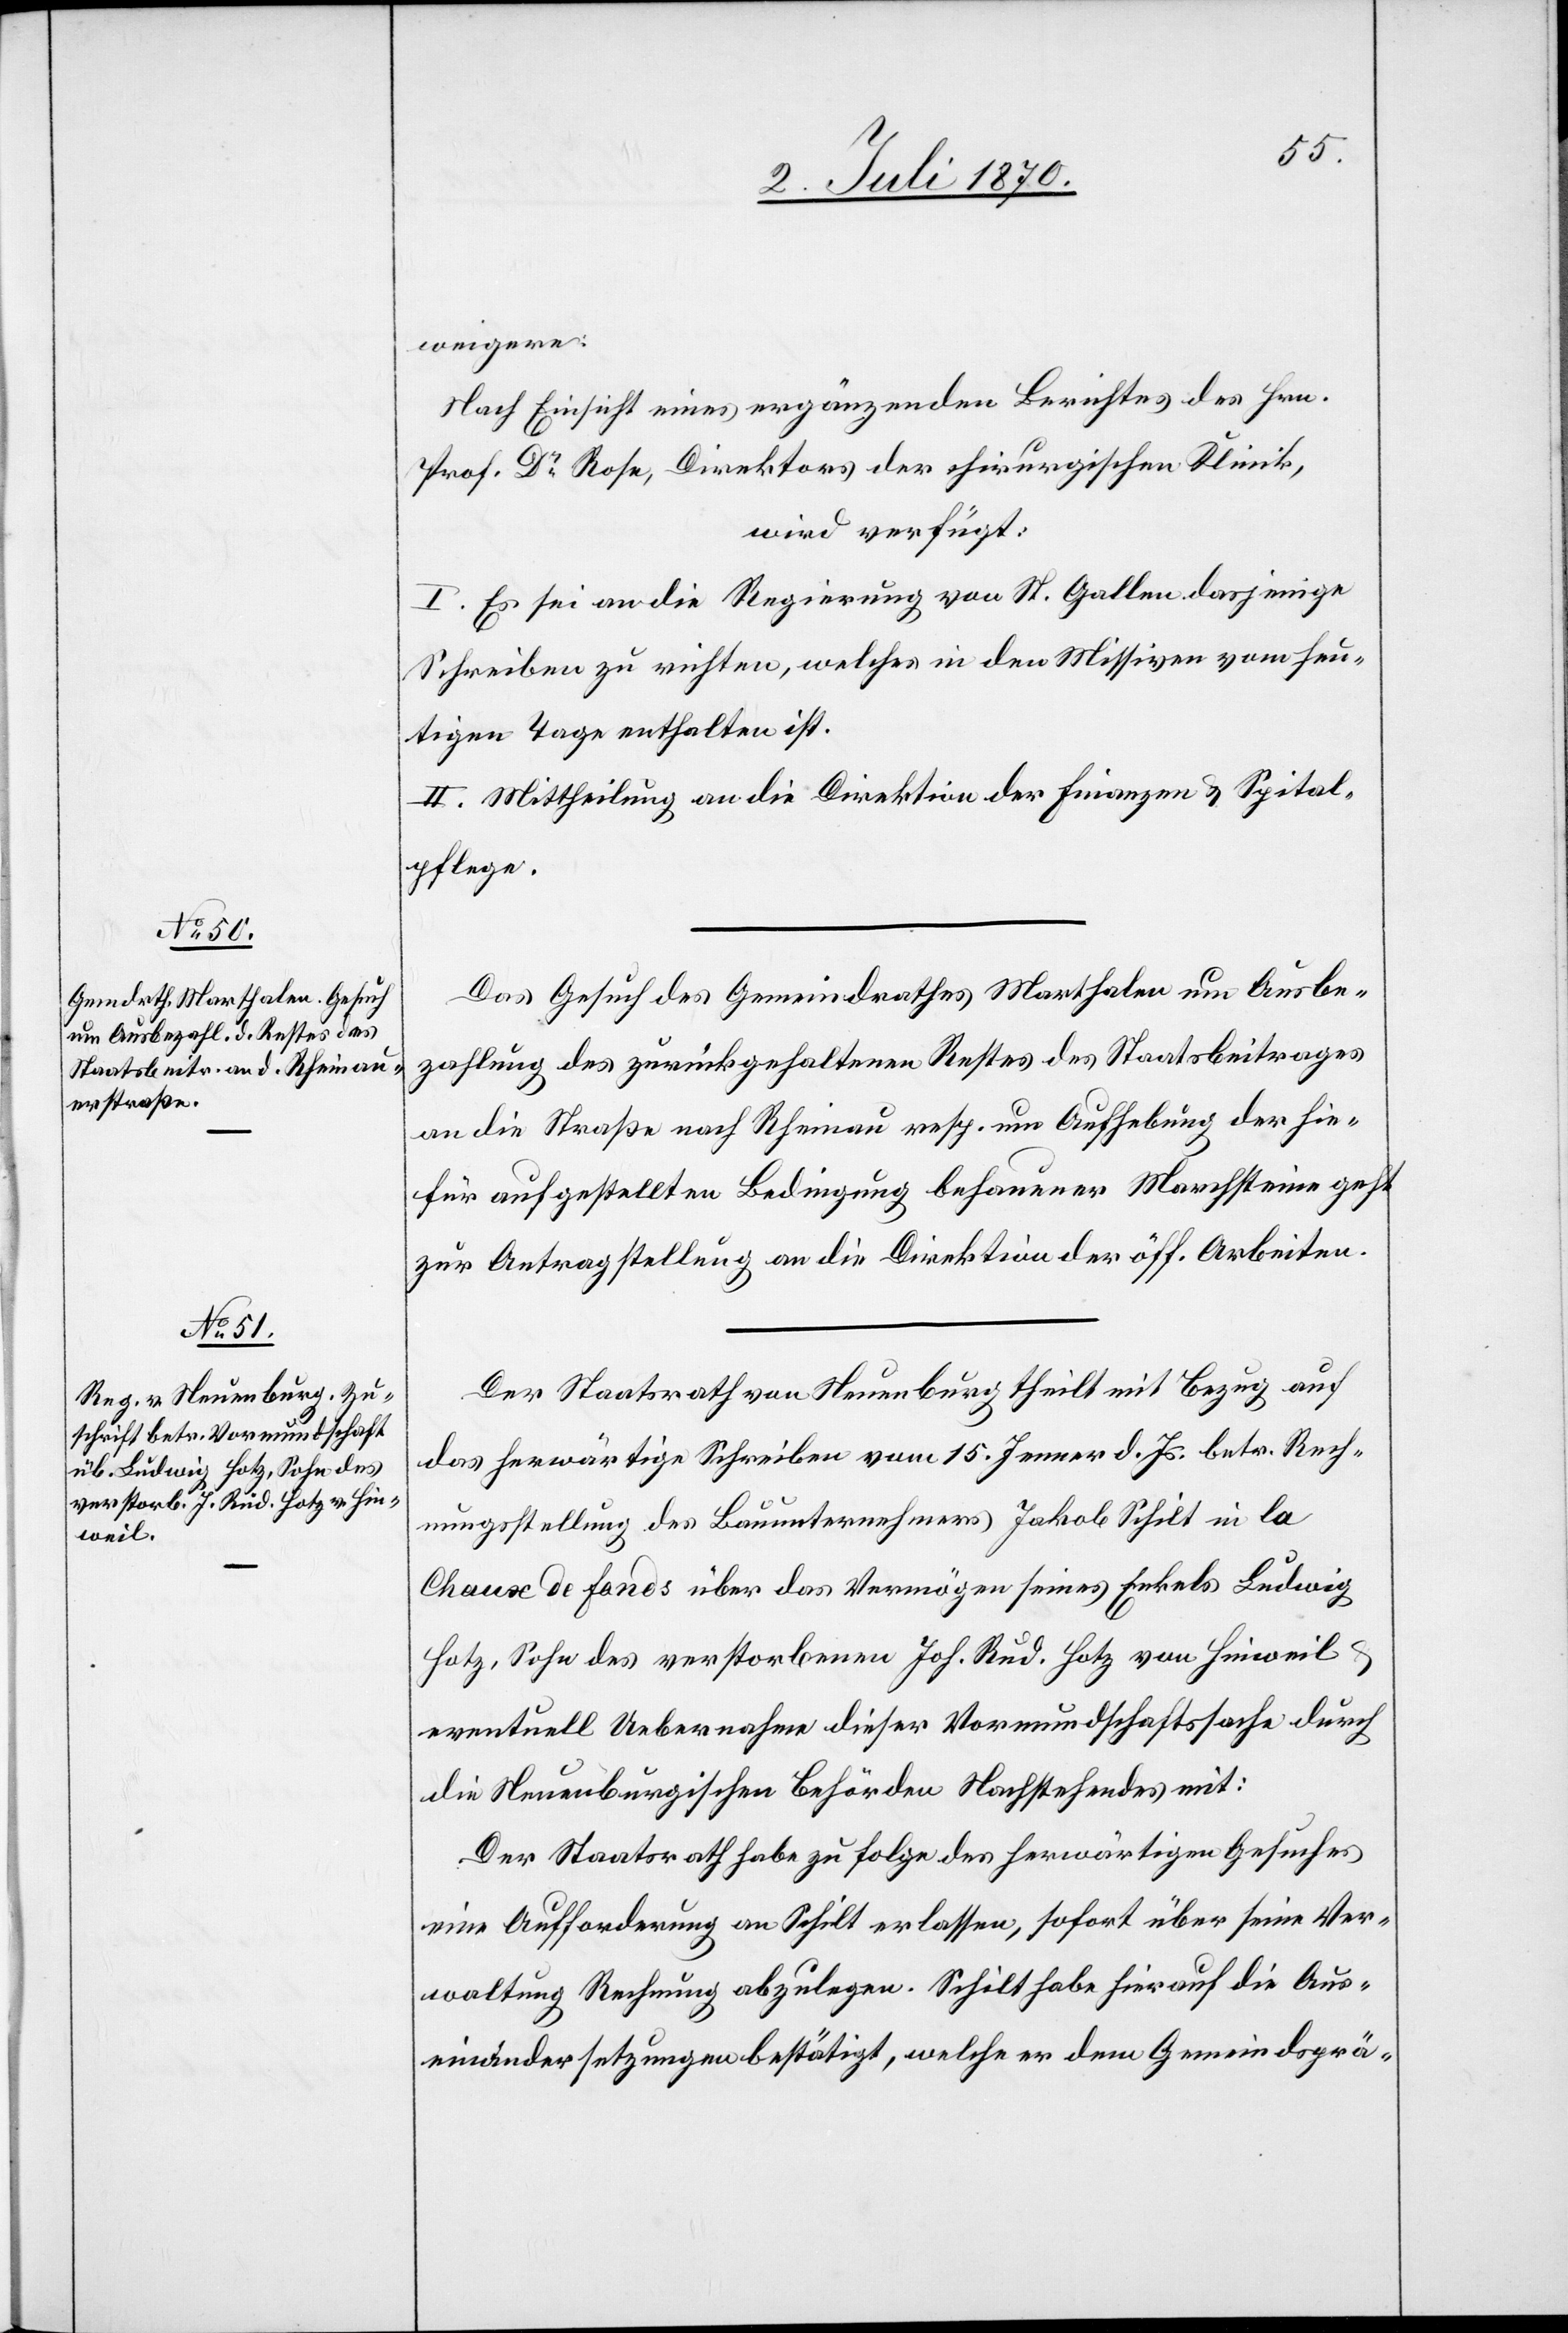
7. Juli 1870.]
weigere.
Nach Einsicht eines ergänzenden Berichtes des Hrn.
Prof. Dr Rose, Direktors der chirurgischen Klinik,
wird verfügt:
I. Es sei an die Regierung von St. Gallen dasjenige
Schreiben zu richten, welches in den Missiven vom heu¬
tigen Tage enthalten ist.
II. Mittheilung an die Direktion der Finanzen & Spital¬
pflege.
Das Gesuch des Gemeindrathes Marthalen um Ausbe¬
zahlung des zurückgehaltenen Restes des Staatsbeitrages
an die Straße nach Rheinau resp. um Aufhebung der hie¬
für aufgestellten Bedingung behauener Marchsteine geht
zur Antragstellung an die Direktion der öff. Arbeiten.
Der Staatsrath von Neuenburg theilt mit Bezug auf
das herwärtige Schreiben vom 15. Jenner d. Js. betr. Rech¬
nungsstellung des Bauunternehmers Jakob Schilt in la
Chaux de Fonds über das Vermögen seines Enkels Ludwig
Hotz, Sohn des verstorbenen Joh. Rud. Hotz von Hinweil
eventuell Uebernahme dieser Vormundschaftssache durch
die Neuenburgischen Behörden Nachstehendes mit:
Der Staatsrath habe zu Folge des herwärtigen Gesuches
eine Aufforderung an Schilt erlassen, sofort über seine Ver¬
waltung Rechnung abzulegen. Schilt habe hierauf die Aus¬
einandersetzungen bestätigt, welche er dem Gemeindsprä-